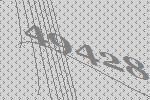
49428